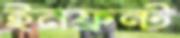
ইনফ্রন্ট